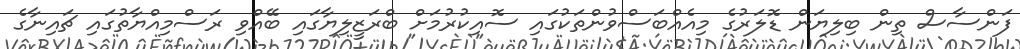
ފަންސާސް ތިން ބިލިޔަން ޑޮލަރުގެ މިއެއްބަސްވުންތަކުގައި ސޮއިކުރުމަށް ބްރަޒީލިޔާގައި ބޭއްވި ރަސްމިއްޔާތުގައި ޗައިނާގެ